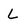
Character: L